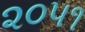
૨૦૫૧